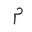
Letter: _mim